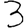
Digit: 3